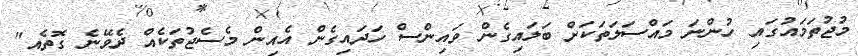
މުޖުތަމައުގައި ހުންނަ މައްސަލަތަކަށް ބަލައިގެން ވައިންސް ހަދައިގެން އެއިން މެސެޖުތަކެއް ދެވޭނެ ގޮތެއ"